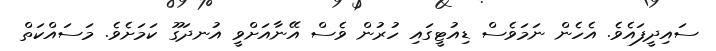
ސައިދީފައެވެ. އެހެން ނަމަވެސް ޑިއުޓީގައި ހުރުން ވެސް އޭނާއަށްވީ އުނދަގޫ ކަމަށެވެ. މަސައްކަތް